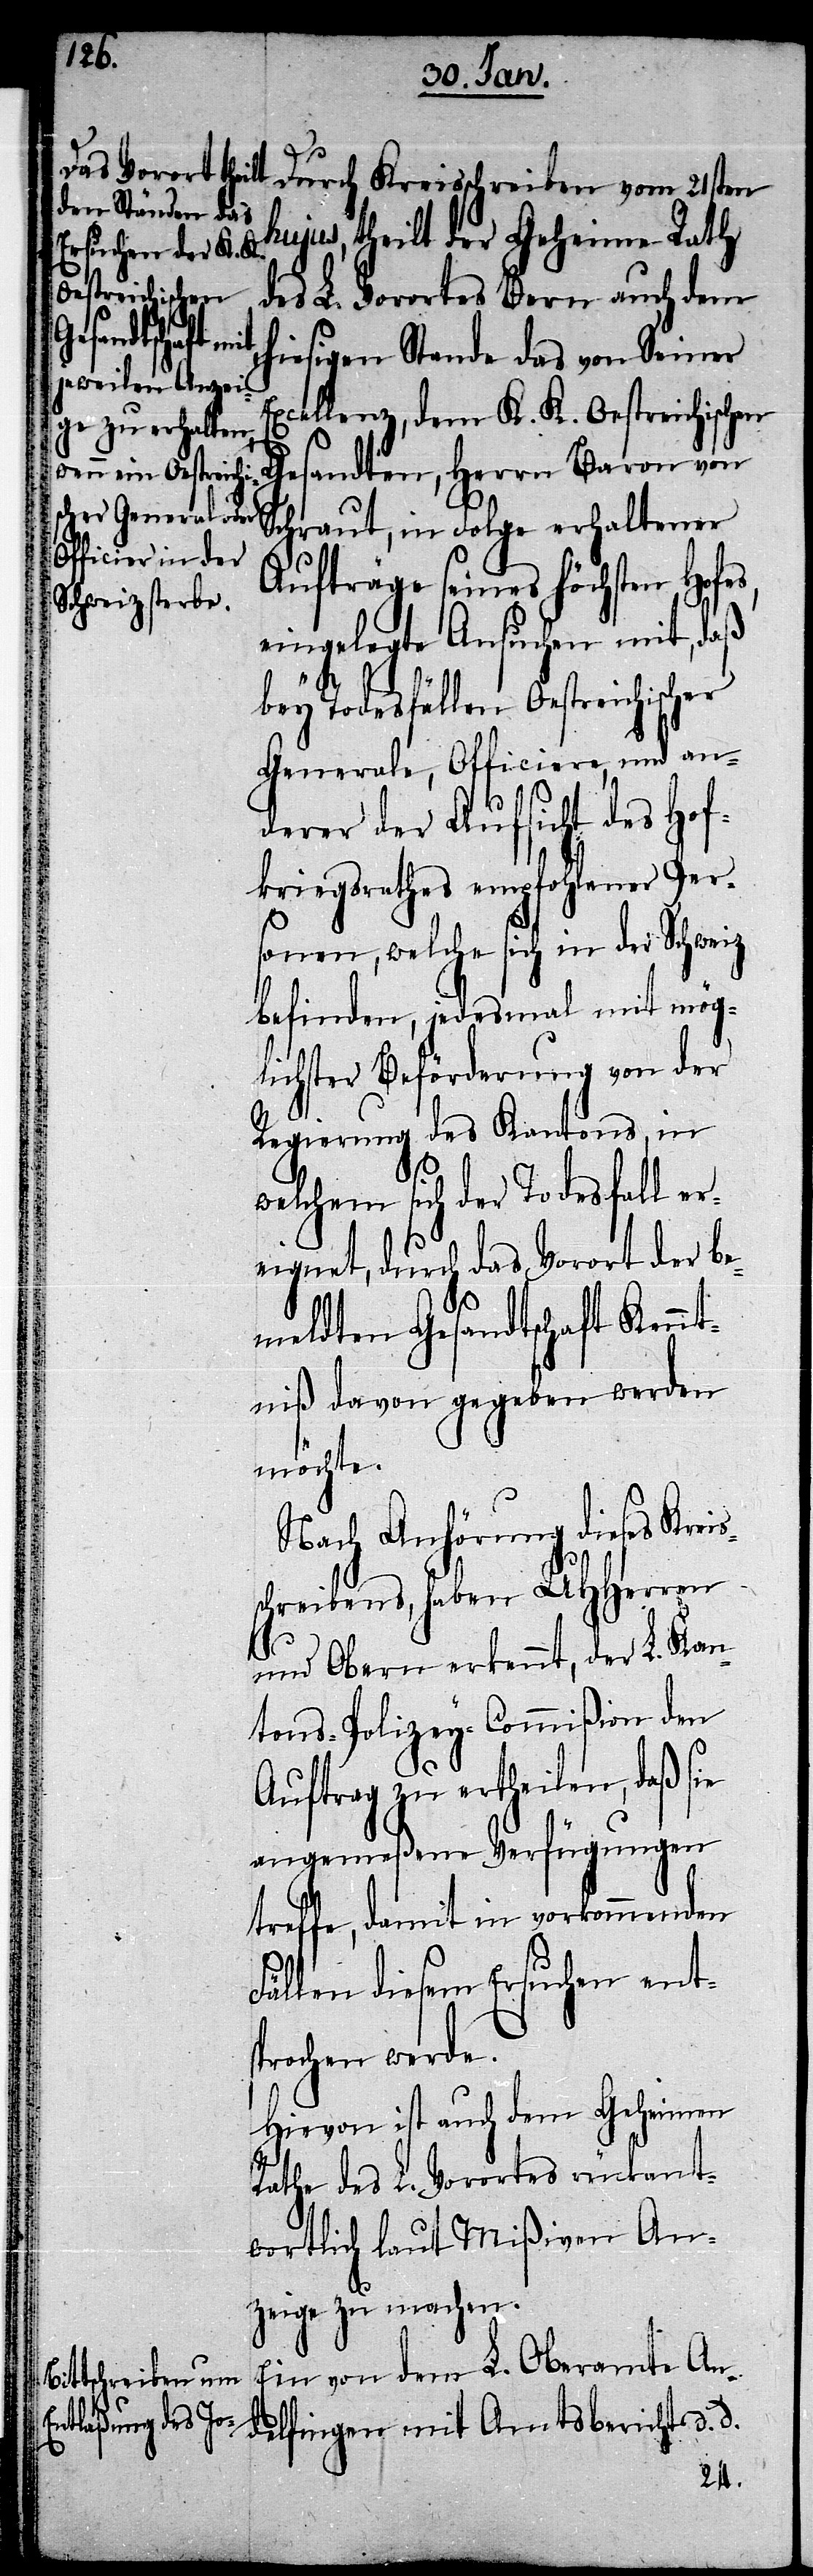
Ex¬
Oestreichischer

Durch Kreisschreiben vom 21sten
hujus, theilt der Geheime Rath
des L. Vorortes Bern auch dem
hiesigen Stande das von Seiner
cellenz, dem K. K. Oestreichischen
Gesandten, Herrn Baron von
Schraut, in Folge erhaltener
Aufträge seines höchsten Hofes,
eingelegte Ansuchen mit, daß
bey Todesfällen
Generale, Officiere, und an¬
derer der Aufsicht des Hof¬
kriegsrathes empfohlener Per¬
sonen, welche sich in der Schweiz
befinden, jedesmal mit mög¬
lichster Beförderung von der
Regierung des Kantons, in
welchem sich der Todesfall er¬
eignet, durch das Vorort der be¬
meldten Gesandtschaft Kennt¬
niß davon gegeben werden
möchte.
Nach Anhörung dieses Kreis¬
schreibens, haben UHHerren
und Obern erkennt, der L. Kan¬
tons-Polizey-Commißion den
Auftrag zu ertheilen, daß sie
angemeßene Verfügungen
treffe, damit in vorkommenden
Fällen diesem Ersuchen ents¬
prochen werde.
Hievon ist auch dem Geheimen
Rathe des L. Vorortes rückant¬
wortlich laut Mißiven An¬
zeige zu machen.
Ein von dem L. Oberamte An¬
delfingen mit Amtsbericht d. d.